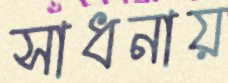
সাধনায়